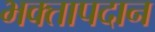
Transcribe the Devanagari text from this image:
भक्तापदान